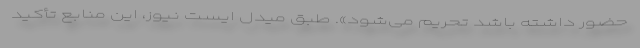
حضور داشته باشد تحریم می‌شود». طبق میدل ایست نیوز، این منابع تأکید